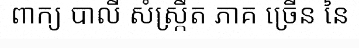
ពាក្យ បាលី សំស្ក្រឹត ភាគ ច្រើន នៃ